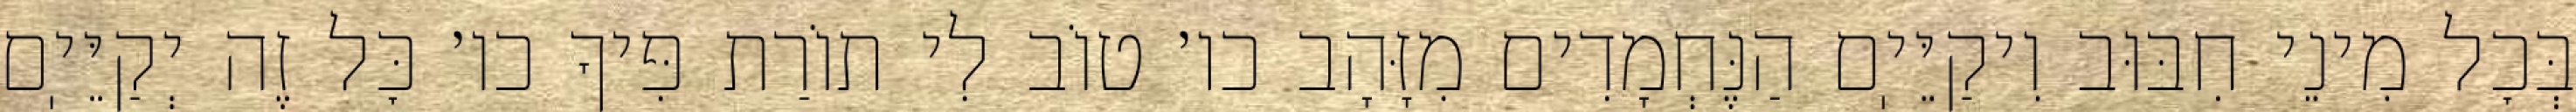
בְּכׇל מִינֵי חִבּוּב וִיקַיֵּיֽם הַנֶּחְמָדִים מִזָּהָב כו׳ טוֹב לִי תוֹרַת פִּיךָ כו׳ כׇּל זֶה יְקַיֵּיֽם